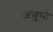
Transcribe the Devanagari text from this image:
अल्बुमो